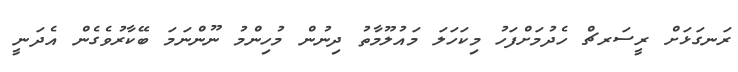
ރަނގަޅަށް ރީސަރޗް ހެދުމަށްފަހު މިކަހަލަ މައުލޫމާތު ދިނުން މުހިންމު ނޫންނަމަ ބޭކާރުވެގެން އެދަނީ